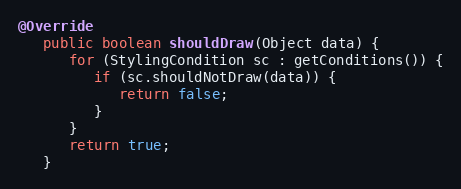
Language: Java
@Override
   public boolean shouldDraw(Object data) {
      for (StylingCondition sc : getConditions()) {
         if (sc.shouldNotDraw(data)) {
            return false;
         }
      }
      return true;
   }